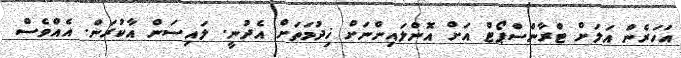
އަހަރެން އަލަށް ޓްރާންސްޕޯޓް އަށް އޮންލައިންނަށް ޚިދުމަތަށް އެދުނީ. ލައިސަން އާކުރަން. އެއްވެސް